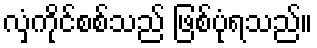
လှံကိုင်စစ်သည် ဖြစ်ပုံရသည်။